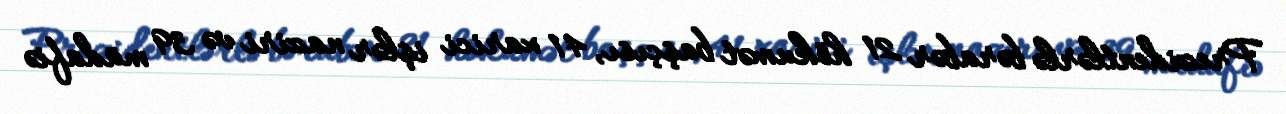
Prezidentlərlə bərabər 21 hökumət başçısı, 41 xarici işlər naziri və 39 müdafiə